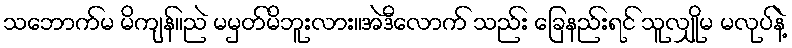
သဘောက်မ မိကျန်။ညဲ မမှတ်မိဘူးလား။အဲဒီလောက် သည်း ခြေနည်းရင် သူလျှိုမ မလုပ်နဲ့